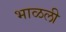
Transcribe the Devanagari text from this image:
भाळली